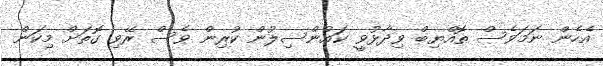
އެހެން ނަމަވެސް ތޮއްޔިބް ވިދާޅުވީ ކައުންސިލުން ކުރިން ވެސް ރޭވި ގޮތަށް މިކަން